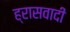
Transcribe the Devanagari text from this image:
ह्रासवादी